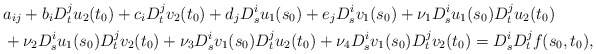
\begin{align*}& a_{ij} + b_i D_t^j u_2(t_0) + c_i D_t^j v_2(t_0) + d_j D_s^i u_1(s_0) + e_j D_s^i v_1(s_0) + \nu_1 D_s^i u_1(s_0) D_t^j u_2(t_0) \\& + \nu_2 D_s^i u_1(s_0) D_t^j v_2(t_0) + \nu_3 D_s^i v_1(s_0) D_t^j u_2(t_0) + \nu_4 D_s^i v_1(s_0) D_t^j v_2(t_0) = D_s^i D_t^j f(s_0,t_0),\end{align*}